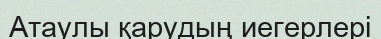
Атаулы қарудың иегерлері